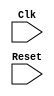
//linear search
module search(Clk,Reset);

   input Clk;
   input Reset;

	
   reg [7:0] checkx;//searches for this in queue
   reg [7:0] checky;
	
	
   reg [7:0] state;
	
   reg [7:0] openx [0:399];
   reg [7:0] openy [0:399];
   
   //output these?
   reg [8:0] search_index; //used to iterate through reg
   reg 	    found;
	
   localparam 
     CHECK_IF_IN_OPEN	          =	8'b00_100000,
     SEARCH_OPEN_COMPARE        = 	8'b00_100001,
     SEARCH_OPEN_NEXT           = 	8'b00_100010,
     SEARCH_OPEN_DONE_FOUND  	  = 	8'b00_100011,
     SEARCH_OPEN_DONE_NOT_FOUND =     8'b00_100100;
   
	reg [9:0] opencounter;
   
   always @ (posedge Clk, posedge Reset)
     begin
	if(Reset)
	  begin	
	     state <= CHECK_IF_IN_OPEN;
	  end
	
	else 
	  begin
	     case(state)
////////////////////////////////////////////////////////////////////	
	       CHECK_IF_IN_OPEN:
		 begin 
		    $display("STATE: CHECK_IF_IN_OPEN");
		    search_index <= 9'b0;
		    found <= 1'b0;
		    state <= SEARCH_OPEN_COMPARE;
		 end
			
	       SEARCH_OPEN_COMPARE:
		 begin
		    $display("STATE: SEARCH_OPEN_COMPARE");
		    if(openx[search_index] == checkx && openy[search_index] == checky)
		      begin
			 found <= 1'b1;
			 state <= SEARCH_OPEN_DONE_FOUND; //Go to next section
		      end
		    else
		      begin
			 search_index <= search_index + 1;
			 state <= SEARCH_OPEN_NEXT;
		      end
		 end
	       SEARCH_OPEN_NEXT:
		 begin
		    $display("STATE: SEARCH_OPEN_NEXT");
		    if(search_index == opencounter)//equals 399
		      begin
			 found <=1'b0;
			 state <= SEARCH_OPEN_DONE_NOT_FOUND; // Not found, go to next section
		      end
		    else
		      begin
			 state <=SEARCH_OPEN_COMPARE;
		      end
		 end // case: NEXT\
			SEARCH_OPEN_DONE_FOUND:
			begin
			   $display("STATE: SEARCH_OPEN_DONE_FOUND");
				//state <= CHECK_IF_NEIGHBOR_IS_BETTER;
				
			end
	       SEARCH_OPEN_DONE_NOT_FOUND:
		 begin
		    $display("STATE: SEARCH_OPEN_DONE_NOT_FOUND");
			//state <= NEIGHBOR_IS_BETTER;
			//openx[opencounter] <= tempneighborx[neighborcounter];
			//openy[opencounter] <= tempneighbory[neighborcounter];
			//opencounter <= opencounter + 1;
		 end
	     

 ////////////////////////////////////////////////////////////

	     endcase // case (state)
	       
	        	     end // else: !if(Reset)
     end // always @ (posedge Clk, posedge Reset)   
endmodule // search